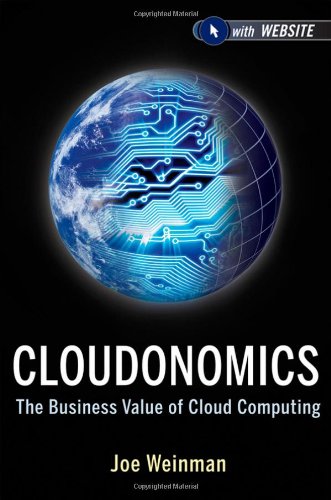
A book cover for Cloudonomics, + Website: The Business Value of Cloud Computing; Joe Weinman; Computers & Technology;